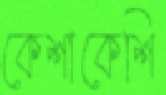
কেশাকেশি